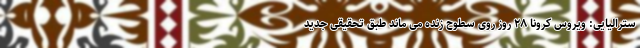
سترالیایی: ویروس کرونا ۲۸ روز روی سطوح زنده می ماند طبق تحقیقی جدید